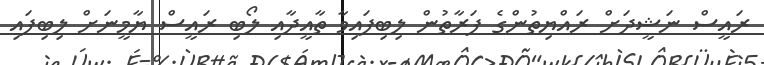
ރައީސް ނަޝީދަށް ރައްޔިތުންގެ ފަރާތުން ލިބިފައިވާ ތާއީދާއި ލޯބި ރައީސް ޔާމީނަށް ލިބިފައި